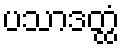
ပသာဒတ္ထံ